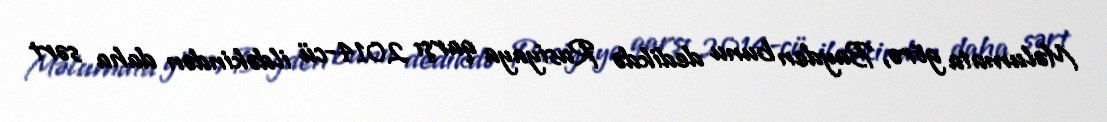
Məlumata görə, Bayden bunu dedikdə Rusiyaya qarşı 2014-cü ildəkindən daha sərt